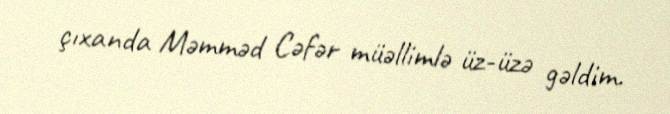
çıxanda Məmməd Cəfər müəllimlə üz-üzə gəldim.